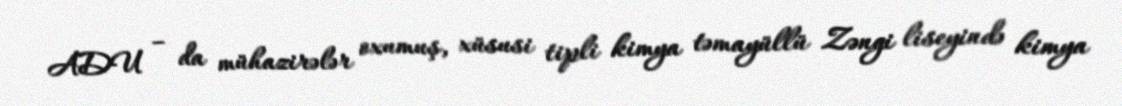
ADU – da mühazirələr oxumuş, xüsusi tipli kimya təmayüllü Zəngi liseyində kimya